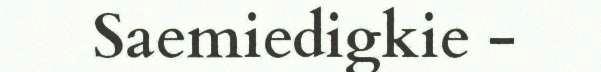
Saemiedigkie -